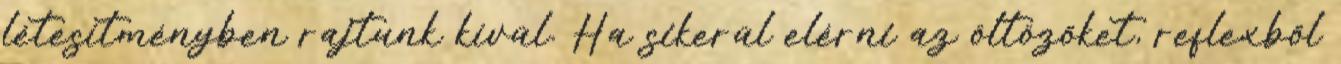
létesítményben rajtunk kívül. Ha sikerül elérni az öltözőket, reflexből